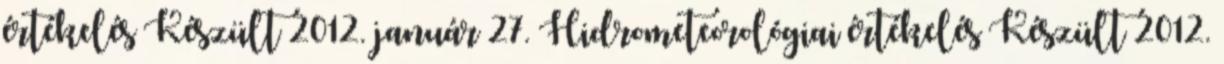
értékelés Készült 2012. január 27. Hidrometeorológiai értékelés Készült 2012.